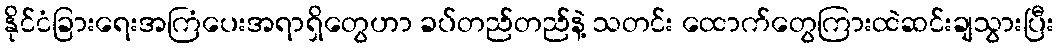
နိုင်ငံခြားရေးအကြံပေးအရာရှိတွေဟာ ခပ်တည်တည်နဲ့ သတင်း ထောက်တွေကြားထဲဆင်းချသွားပြီး